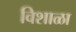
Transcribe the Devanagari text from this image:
विशाळा